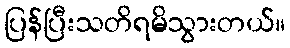
ပြန်ပြီးသတိရမိသွားတယ်။